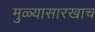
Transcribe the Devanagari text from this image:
मुळ्यासारखाच